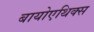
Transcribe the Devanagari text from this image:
बायोएथिक्स